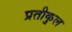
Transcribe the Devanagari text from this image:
प्रतीकुल